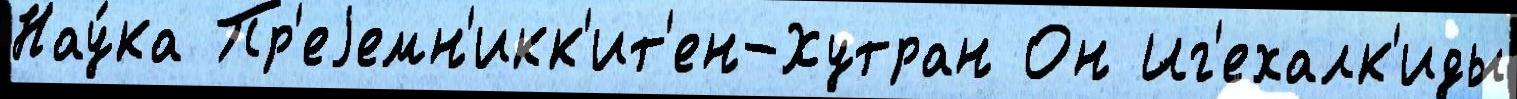
Нау́ка Пр'еjемн'икк'ит'ен-Хутран Он Иг'ехалк'иды